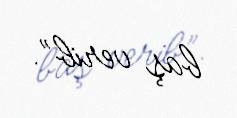
baş verib”.